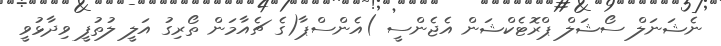
ނެޝަނަލް ސޯޝަލް ޕްރޮޓެކްޝަން އެޖެންސީ )އެންސްޕާ(ގެ ޗެއާމަން ތޯރިގު އަލީ ލުތުފީ ވިދާޅުވީ